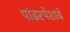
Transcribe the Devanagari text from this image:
पांढरपेशांचे